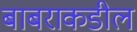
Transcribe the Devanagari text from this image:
बाबराकडील